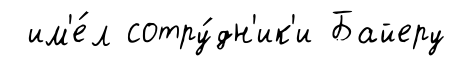
им'е́л сотру́дн'ик'и Байеру